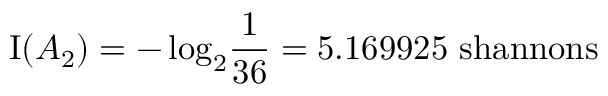
\operatorname { I } ( A _ { 2 } ) = - \log _ { 2 } \! { \frac { 1 } { 3 6 } } = 5 . 1 6 9 9 2 5 { \mathrm { ~ s h a n n o n s } }